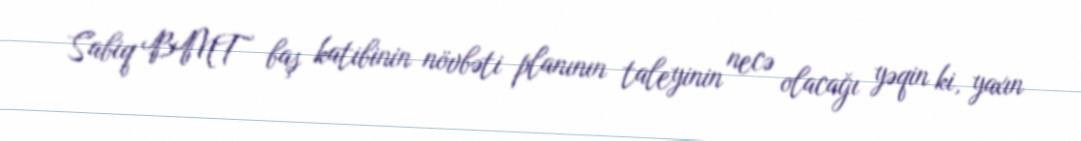
Sabiq BMT baş katibinin növbəti planının taleyinin necə olacağı yəqin ki, yaxın